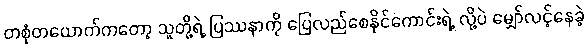
တစုံတယောက်ကတော့ သူတို့ရဲ့ ပြဿနာကို ပြေလည်စေနိုင်ကောင်းရဲ့ လို့ပဲ မျှော်လင့်နေခဲ့